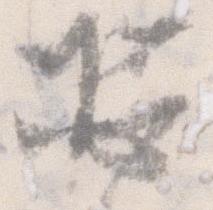
恐